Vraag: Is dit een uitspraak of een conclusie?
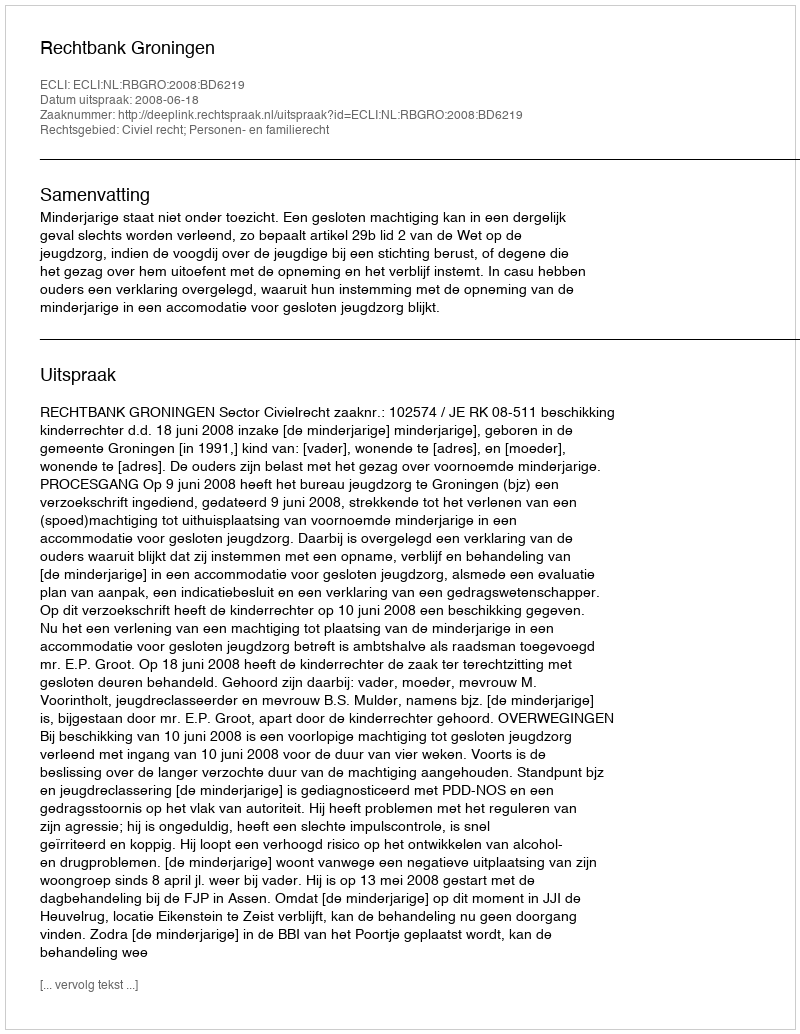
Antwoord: Uitspraak